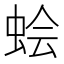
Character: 𫊹